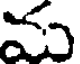
మ